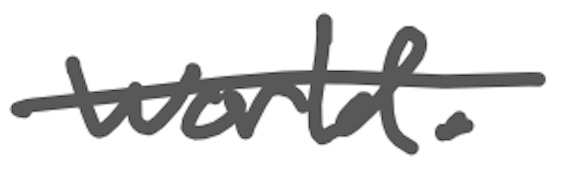
Text: world.
Cross-out: single-line
Writing tool: digital_gray